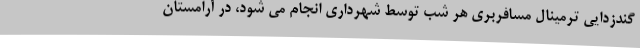
گندزدایی ترمینال مسافربری هر شب توسط شهرداری انجام می شود، در آرامستان